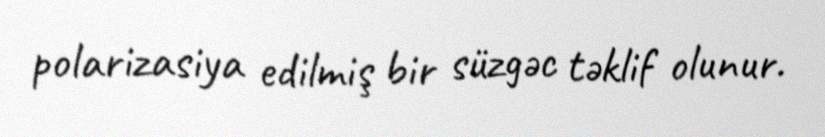
polarizasiya edilmiş bir süzgəc təklif olunur.